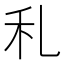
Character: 𥝏